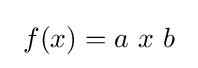
\ f(x)=a\ x\ b\